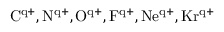
\mathrm { C ^ { q + } , N ^ { q + } , O ^ { q + } , F ^ { q + } , N e ^ { q + } , K r ^ { q + } }